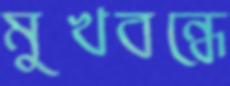
মুখবন্ধে